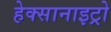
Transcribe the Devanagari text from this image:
हेक्सानाइट्रो